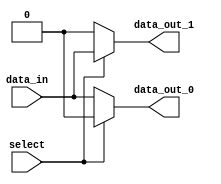
module demux1to2 (
    input wire data_in,
    input wire select,
    output reg data_out_0,
    output reg data_out_1
);

assign data_out_0 = (select) ? 1'b0 : data_in;
assign data_out_1 = (select) ? data_in : 1'b0;

endmodule